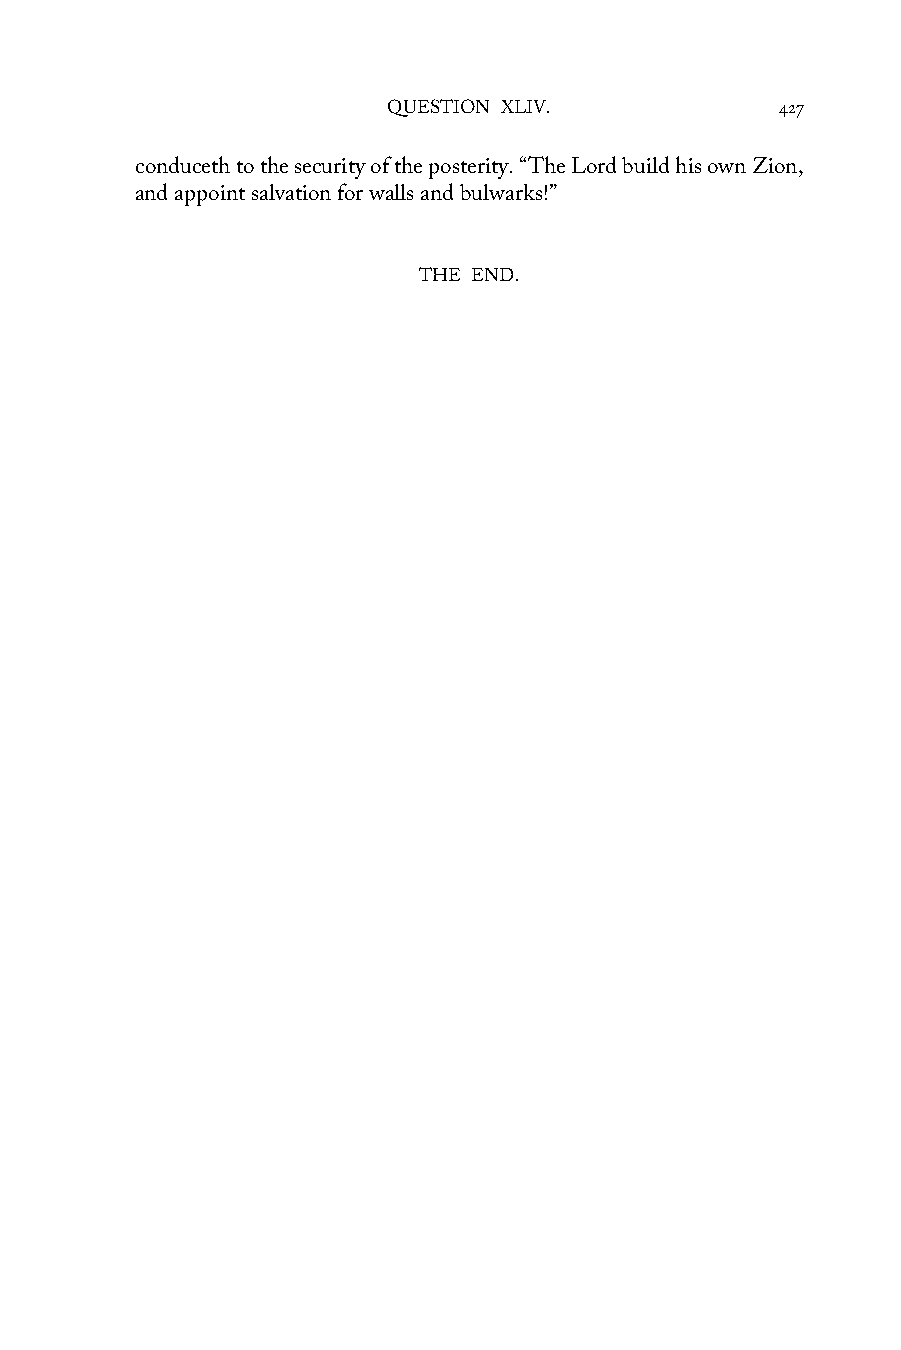
QUESTION XLIV.            427
 conduceth to the security of the posterity. “The Lord build his own Zion,
 and appoint salvation for walls and bulwarks!”
 THE END.